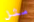
مثل